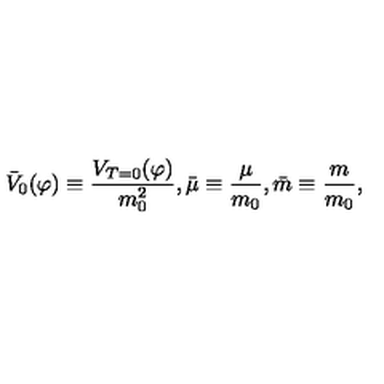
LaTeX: { \bar { V } _ { 0 } } ( \varphi ) \equiv { \frac { V _ { T = 0 } ( \varphi ) } { m _ { 0 } ^ { 2 } } } , { \bar { \mu } } \equiv { \frac { \mu } { m _ { 0 } } } , { \bar { m } } \equiv { \frac { m } { m _ { 0 } } } ,